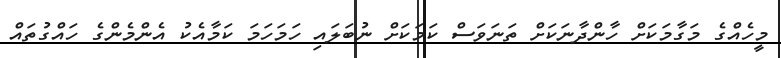
މީހެއްގެ މަގާމަކަށް ހާންދާނަކަށް ތަނަވަސް ކަމަކަށް ނުބަލައި ހަމަހަމަ ކަމާއެކު އެންމެންގެ ހައްގުތައް